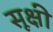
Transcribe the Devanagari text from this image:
सूक्षी